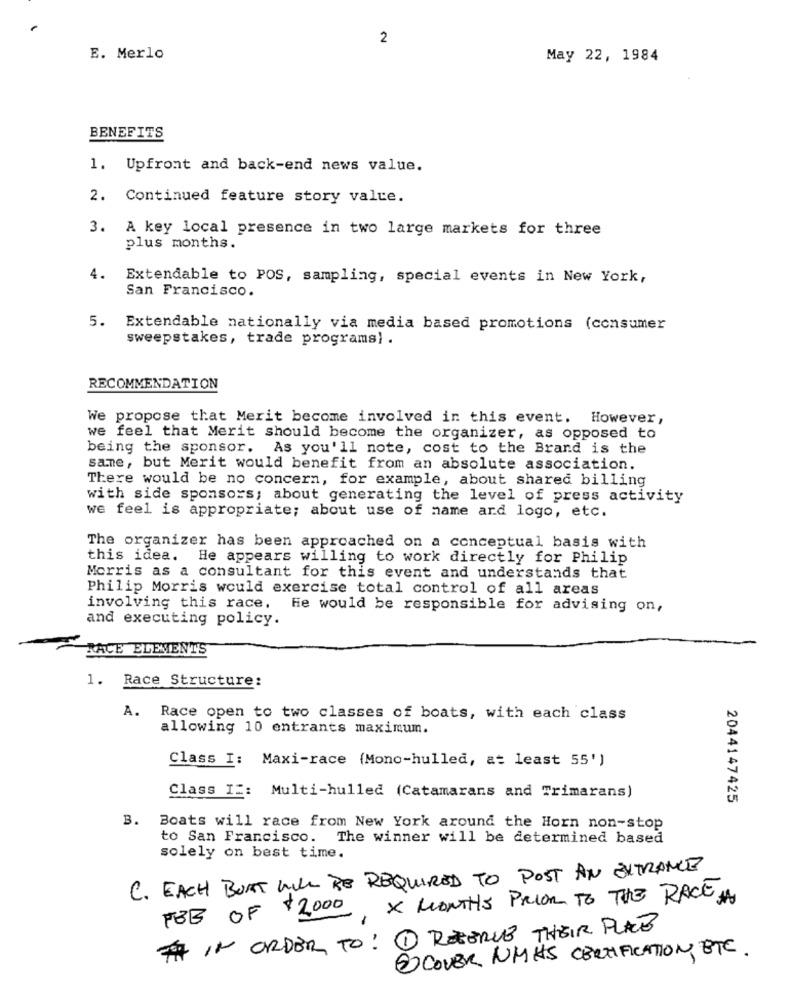
2
E. Merlo
May 22, 1984
BENEFITS
1. Upfront and back-end news value.
2. Continued feature story valte.
3. A key local presence in two large markets for three
plus months.
4.
Extendable to POS, sampling, special events in New York,
San Francisco.
5.
Extendable nationally via media based promotions (consumer
sweepstakes, trade programs) .
RECOMMENDATION
We propose that Merit become involved in this event. However,
we feel that Merit should become the organizer, as opposed to
being the sponsor. As you'll note, cost to the Brand is the
same, but Merit would benefit from an absolute association.
There would be no concern, for example, about shared billing
with side sponsors; about generating the level of press activity
we feel is appropriate; about use of name and logo, etc.
The organizer has been approached on a conceptual basis with
this idea.
He appears willing to work directly for Philip
Morris as a consultant for this event and understands that
Philip Morris would exercise total control of all areas
involving this race.
He would be responsible for advising on,
and executing policy.
RACE ELEMENTS
1. Race Structure:
A.
Race open to two classes of boats, with each class
allowing 10 entrants maximum.
Class I: Maxi-race (Mono-hulled, at least 55')
Class I :: Multi-hulled (Catamarans and Trimarans)
2044147425
3.
Boats will race from New York around the Horn non-stop
to San Francisco. The winner will be determined based
solely on best time.
C. EACH BUNT WILL BE REQUIRED TO POST AN ENTRANCE
FEB OF $2000 X MONTHS PRIOR TO THE RACE
TH IN ORDER TO : 11 RESERVE THEIR PLACE
E COVER WHIS CERTIFICATION, ETC.